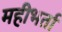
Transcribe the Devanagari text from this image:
महीभर्ता